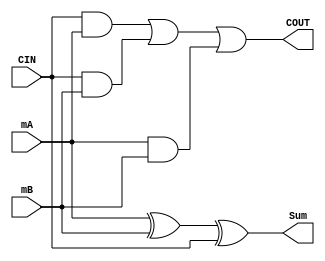
`timescale 1ns / 1ps
//////////////////////////////////////////////////////////////////////////////////
// Company: 
// Engineer: 
// 
// Design Name: 
// Module Name: Adder
// Project Name: 
// Target Devices: 
// Tool Versions: 
// Description: 
// 
// Dependencies: 
// 
// Revision:
// Revision 0.01 - File Created
// Additional Comments:
// 
//////////////////////////////////////////////////////////////////////////////////


module Adder(
        input mA,
        input mB,
        input CIN,
        output Sum,
        output COUT
    );
    
    assign Sum = mA ^ mB ^ CIN;
    assign COUT = CIN & mA | CIN & mB | mA & mB;
    
endmodule